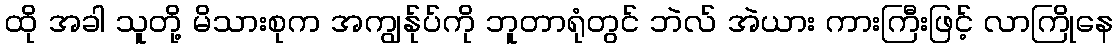
ထို အခါ သူတို့ မိသားစုက အကျွန်ုပ်ကို ဘူတာရုံတွင် ဘဲလ် အဲယား ကားကြီးဖြင့် လာကြိုနေ